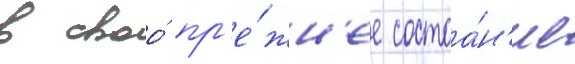
в своо́ пр'е́жн'ее состоа́н'ие